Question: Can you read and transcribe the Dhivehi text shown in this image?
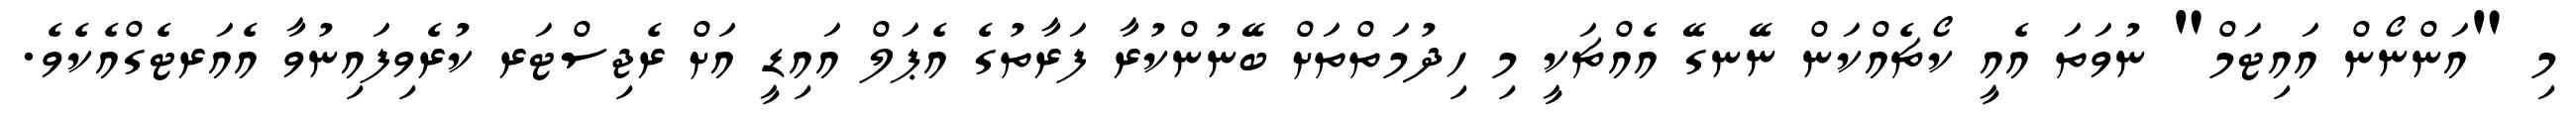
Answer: މި "އަންނޯން އައިޓަމް" ނުވަތަ އެއީ ކޯޗެއްކަން ނޭނގޭ އެއްޗަކީ މި ހިދުމަތްތަށް ބޭނުންކުރާ ފަރާތުގެ އެޕަލް އައިޑީ އަށް ރެޖިސްޓަރ ކުރެވިފައިނުވާ އެއަރޓެގްއެކެވެ.